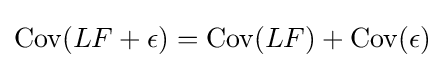
\mathrm {Cov} (LF+\epsilon )=\mathrm {Cov} (LF)+\mathrm {Cov} (\epsilon )